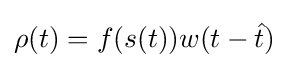
\rho (t)=f(s(t))w(t-{\hat {t}})